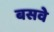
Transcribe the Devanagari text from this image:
बसवे